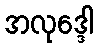
အလုဒ္ဒေါ